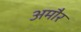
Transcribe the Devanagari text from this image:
अमौर